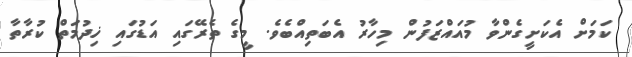
ކަމަށް އެކަށީގެންވާ މުއައްޒަފުން މިހާރު އެބަތިއްބެވެ. މީގެ ތެރޭގައި އަޑުގައި ޚިދުމަތް ކުރާތާ